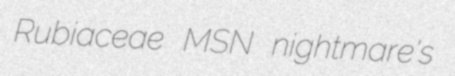
Rubiaceae MSN nightmare's